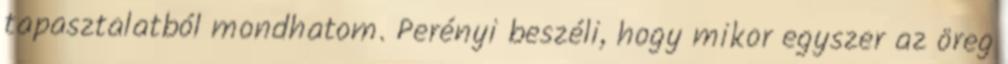
tapasztalatból mondhatom. Perényi beszéli, hogy mikor egyszer az öreg